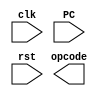
`timescale 1ns / 1ps
//////////////////////////////////////////////////////////////////////////////////
// Company: 
// Engineer: 
// 
// Design Name: 
// Module Name: CU
// Project Name: 
// Target Devices: 
// Tool Versions: 
// Description: 
// 
// Dependencies: 
// 
// Revision:
// Revision 0.01 - File Created
// Additional Comments:
// 
//////////////////////////////////////////////////////////////////////////////////


module CU(
    input clk,
    input PC,
    input rst,
    output [5:0] opcode
    );
endmodule